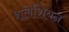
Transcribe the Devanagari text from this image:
शलेशियन